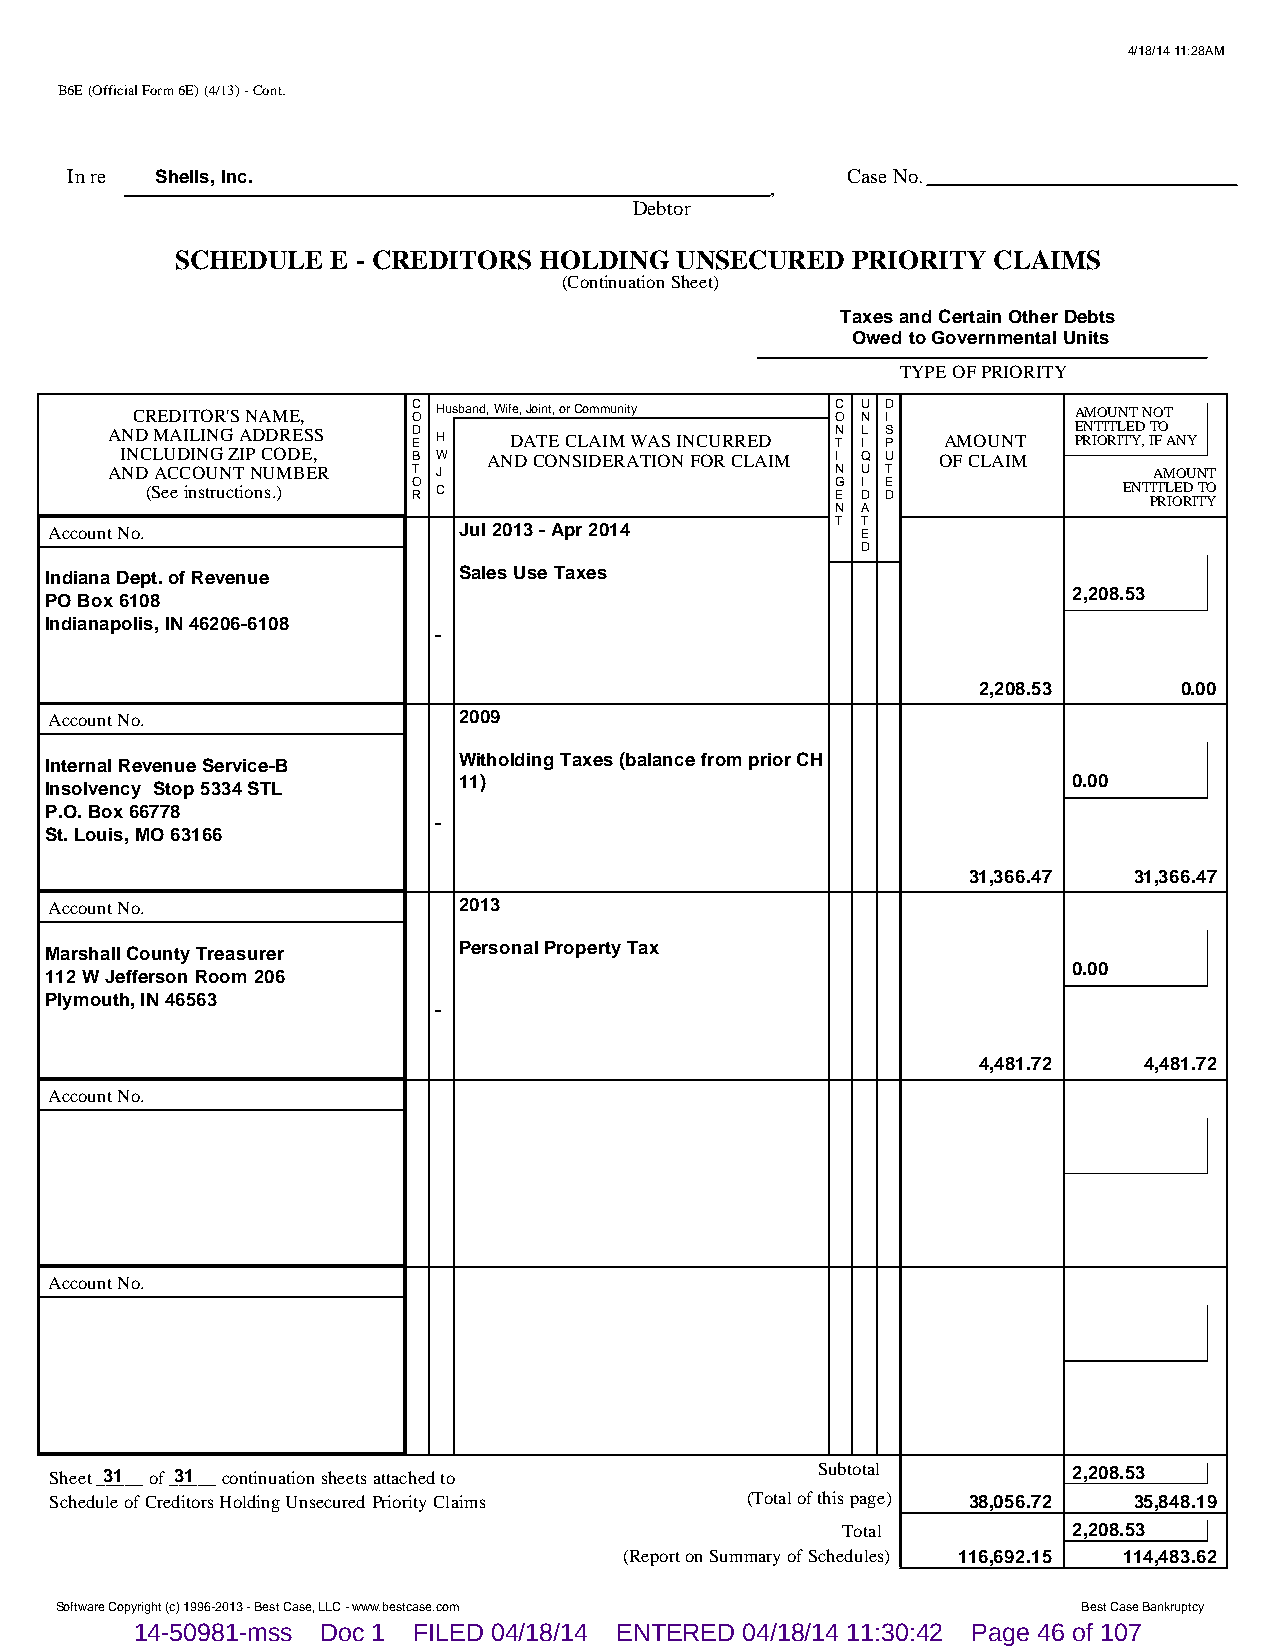
4/18/14 11:28AM
 B6E (Official Form 6E) (4/13) - Cont.
 In re Shells, Inc.                                  Case No.
 ,
 Debtor
 SCHEDULE  E - CREDITORS HOLDING  UNSECURED  PRIORITY  CLAIMS
 (Continuation Sheet)
 Taxes and Certain Other Debts
 Owed to Governmental Units
 TYPE OF PRIORITY
 CREDITOR'S NAME,  C O Husband, Wife, Joint, or Community C O U N D I AMOUNT NOT
 AND MAILING ADDRESS D E H  DATE CLAIM WAS INCURRED N T L I S P AMOUNT E PRN IT OI RT IL TE YD , IT FO ANY
 INCLUDING ZIP CODE, B W AND CONSIDERATION FOR CLAIM I Q U OF CLAIM
 AND ACCOUNT NUMBER  T J                         N U T                AMOUNT
 (See instructions.) O R C                    G E I D E D        ENT PIT RL IOE RD I TT YO
 N A
 Account No.                Jul 2013 - Apr 2014      T T E
 D
 Indiana Dept. of Revenue   Sales Use Taxes
 2,208.53
 PO Box 6108
 Indianapolis, IN 46206-6108
 -
 2,208.53     0.00
 Account No.                2009
 Internal Revenue Service-B Witholding Taxes (balance from prior CH
 11)                                      0.00
 Insolvency Stop 5334 STL
 P.O. Box 66778
 -
 St. Louis, MO 63166
 31,366.47  31,366.47
 Account No.                2013
 Marshall County Treasurer  Personal Property Tax
 0.00
 112 W Jefferson Room 206
 Plymouth, IN 46563
 -
 4,481.72   4,481.72
 Account No.
 Account No.
 Sheet _3_1___ of _3_1___ continuation sheets attached to Subtotal   2,208.53
 Schedule of Creditors Holding Unsecured Priority Claims (Total of this page) 38,056.72 35,848.19
 Total          2,208.53
 (Report on Summary of Schedules) 116,692.15 114,483.62
 SSooffttwwaarree CCooppyyrriigghhtt ((cc)) 11999966--22001133 -- BBeesstt CCaassee,, LLLLCC -- wwwwww..bbeessttccaassee..ccoomm BBeesstt CCaassee BBaannkkrruuppttccyy
 14-50981-mss Doc 1 FILED 04/18/14 ENTERED 04/18/14 11:30:42 Page 46 of 107